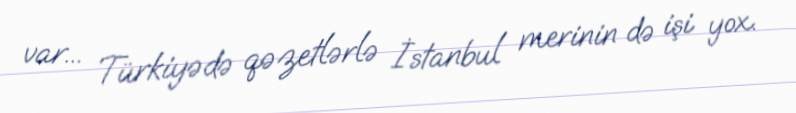
var... Türkiyədə qəzetlərlə İstanbul merinin də işi yox.